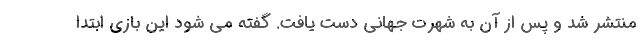
منتشر شد و پس از آن به شهرت جهانی دست یافت. گفته می شود این بازی ابتدا